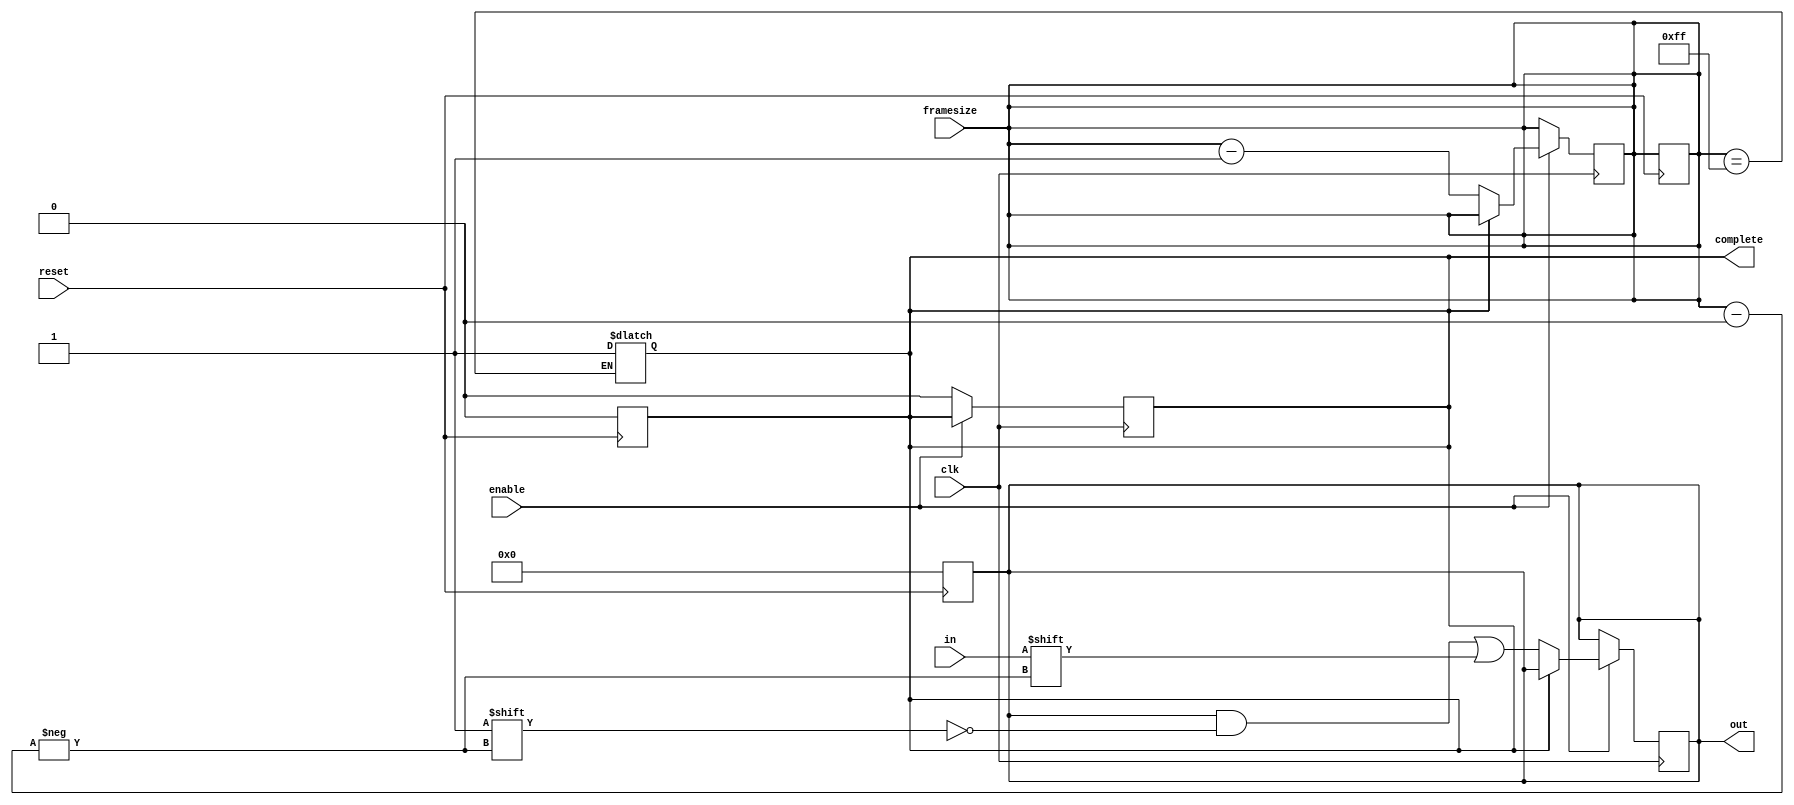
module deserializer(
	clk, 		
	enable, 	
	reset, 		
	framesize, 	
	in, 		
	out, 		
	complete	
);
	parameter BITS = 136;		
	parameter BITS_COUNTER = 8;	
	parameter COUNTER_MAX = 8'hFF;	
	input clk, enable, reset, in;
	input [BITS_COUNTER-1:0] framesize;
	output reg complete;
	output reg [BITS-1:0] out;
	reg [BITS_COUNTER-1:0] counter;	
	always@(posedge reset) begin
		out = 0;
		counter = framesize;
		complete = 0;
	end
	always@(posedge clk) begin
		if(enable) begin
			if(~complete) begin	
				out[counter] <= in;
				counter = counter - 1;	
			end
		end else begin
			complete = 0;
		end
	end
	always@(counter) begin
		if(counter == COUNTER_MAX) begin	
			complete = 1;
		end
	end
	always@(complete) begin
		counter = framesize;	
	end
endmodule